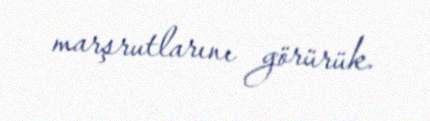
marşrutlarını görürük.